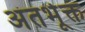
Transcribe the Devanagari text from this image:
अंतर्भूक्त